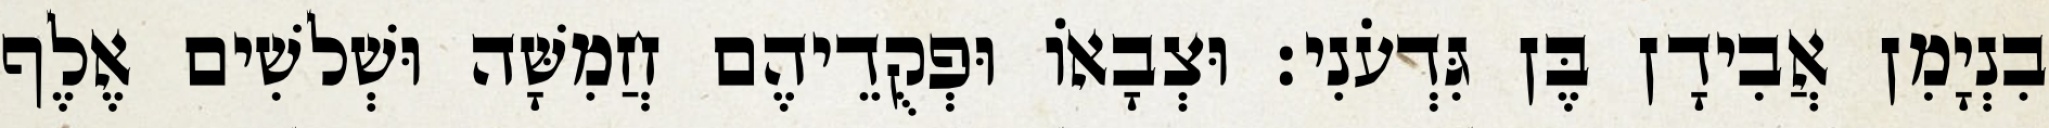
בִנְיָמִן אֲבִידָן בֶּן גִּדְעֹנִי׃ וּצְבָאוֹ וּפְקֻדֵיהֶם חֲמִשָּׁה וּשְׁלשִׁים אֶלֶף